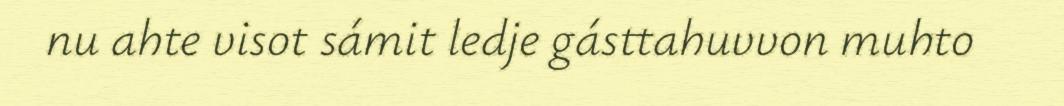
nu ahte visot sámit ledje gásttahuvvon muhto